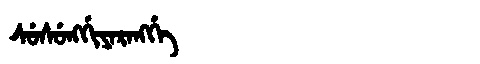
Manchu: ᠰᡠᠰᡠᠩᡤᡳᠶᠠᡵᠠᠩᡤᡝ
Romanization: SUSUNGGIYARANGGE